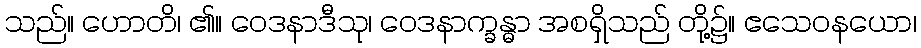
သည်။ ဟောတိ၊ ၏။ ဝေဒနာဒီသု၊ ဝေဒနာက္ခန္ဓာ အစရှိသည် တို့၌။ ဧသေဝနယော၊